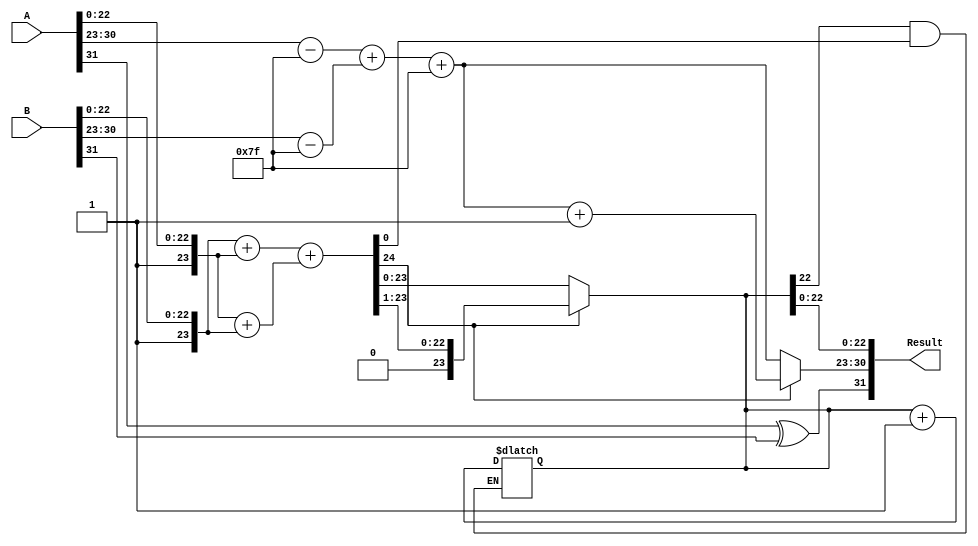
module radix4_fp_multiplier #(
    parameter E = 8, // Number of exponent bits
    parameter M = 23 // Number of significand bits
)(
    input wire [E + M:0] A, // A = {sign_A, exponent_A, significand_A}
    input wire [E + M:0] B, // B = {sign_B, exponent_B, significand_B}
    output reg [E + M:0] Result // Result = {sign_result, exponent_result, significand_result}
);

    // Internal signals
    wire sign_A = A[E + M];
    wire sign_B = B[E + M];
    wire [E-1:0] exponent_A = A[E + M - 1:E + M - E];
    wire [E-1:0] exponent_B = B[E + M - 1:E + M - E];
    wire [M-1:0] significand_A = A[M - 1:0];
    wire [M-1:0] significand_B = B[M - 1:0];

    wire [E-1:0] bias = (1 << (E - 1)) - 1; // Bias for exponent
    wire [E-1:0] exponent_result;
    wire sign_result;

    // Calculate sign of the result
    assign sign_result = sign_A ^ sign_B;

    // Calculate exponent of the result
    assign exponent_result = (exponent_A - bias) + (exponent_B - bias) + bias;

    // Normalize significands (add implied leading bit)
    wire [M:0] norm_significand_A = {1'b1, significand_A};
    wire [M:0] norm_significand_B = {1'b1, significand_B};

    // Radix-4 multiplication
    wire [M:0] partial_product_0, partial_product_1, partial_product_2, partial_product_3;

    assign partial_product_0 = 0; // 00 -> 0
    assign partial_product_1 = norm_significand_B; // 01 -> B
    assign partial_product_2 = norm_significand_A; // 10 -> A
    assign partial_product_3 = norm_significand_A + norm_significand_B; // 11 -> A + B

    // Accumulate partial products
    wire [M + 1:0] sum_1, sum_2;

    assign sum_1 = partial_product_1 + partial_product_2; // Add B and A
    assign sum_2 = sum_1 + partial_product_3; // Add (A + B)

    // Normalize the result
    reg [M:0] significand_result;
    reg [E-1:0] adjusted_exponent;
    always @(*) begin
        if (sum_2[M + 1]) begin // If overflow, shift right
            significand_result = sum_2[M:1]; // Right shift
            adjusted_exponent = exponent_result + 1; // Adjust exponent
        end else begin
            significand_result = sum_2[M:0]; // No shift
            adjusted_exponent = exponent_result; // No adjustment
        end
    end

    // Rounding logic (simple round to nearest even)
    always @(*) begin
        if (significand_result[M-1] && (sum_2[0] == 1)) begin
            significand_result = significand_result + 1; // Round up
        end
    end

    // Final output
    always @(*) begin
        Result = {sign_result, adjusted_exponent, significand_result[M-1:0]};
    end

endmodule